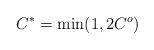
LaTeX: \begin{align*}C^* &= \min(1,2C^o) \end{align*}